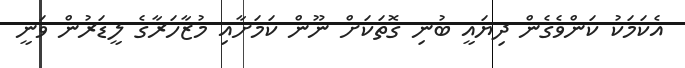
އެކަމަކު ކަންވެގެން ދިޔައީ ބުނި ގޮތަކަށް ނޫން ކަމަށާއި މުޒާހަރާގެ ލީޑަރުން ވަނީ